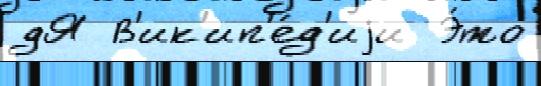
дЯ В'ик'ип'е́д'иjи  Э́то